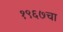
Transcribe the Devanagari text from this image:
१९६७चा